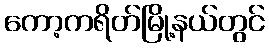
ကော့ကရိတ်မြို့နယ်တွင်